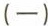
(一)